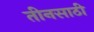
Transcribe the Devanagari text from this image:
तीनसाठी